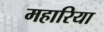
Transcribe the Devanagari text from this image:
महारिया